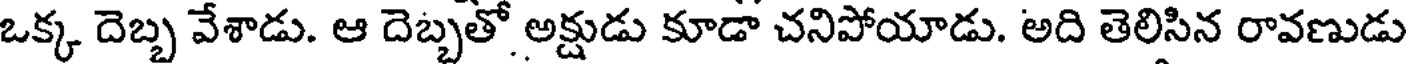
ఒక్క దెబ్బ వేశాడు. ఆ దెబ్బతో అక్షుడు కూడా చనిపోయాడు. అది తెలిసిన రావణుడు